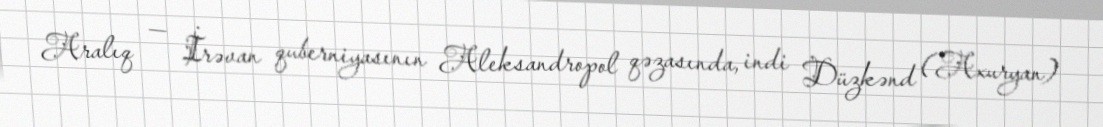
Aralıq — İrəvan quberniyasının Aleksandropol qəzasında, indi Düzkənd (Axuryan)